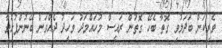
ވެރިކަން ބަދަލުވި ގޮތާ ބެހޭ ގޮތުން ރައީސް މުހައްމަދު ވަހީދު ދެއްވަން ބޭނުންފުޅުވާ